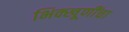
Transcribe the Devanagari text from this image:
भिक्खूणींचा